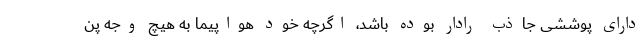
دارای پوششی جاذب رادار بوده باشد، اگرچه خود هواپیما به هیچ وجه پن